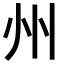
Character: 州